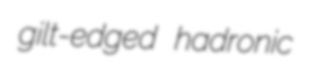
gilt-edged hadronic